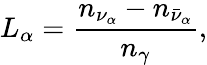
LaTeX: L_{\alpha}=\frac{n_{\nu_{\alpha}}-n_{\bar{\nu}_{\alpha}}}{n_{\gamma}},